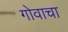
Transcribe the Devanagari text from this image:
गोवाचा